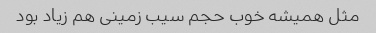
مثل همیشه خوب حجم سیب زمینی هم زیاد بود